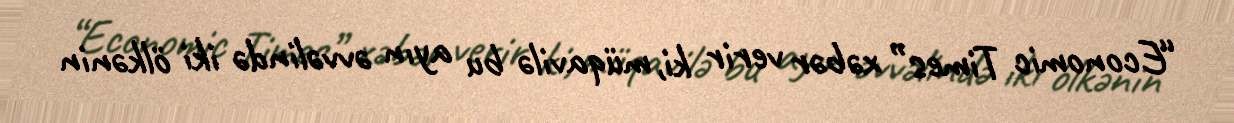
“Economic Times” xəbər verir ki, müqavilə bu ayın əvvəlində iki ölkənin